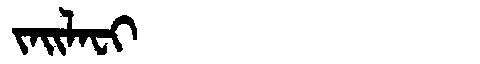
Manchu: ᠵᠠᡳᠯᠠᠸᡳ
Romanization: JAILAFI